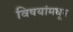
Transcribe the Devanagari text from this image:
विषयांमधून